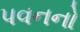
પવનનો